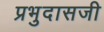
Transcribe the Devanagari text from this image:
प्रभुदासजी